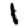
Digit: 1